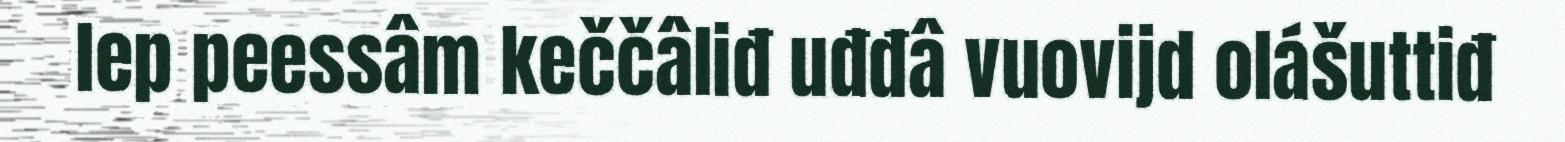
lep peessâm keččâliđ uđđâ vuovijd olášuttiđ